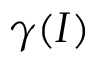
\gamma ( I )